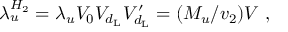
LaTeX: \lambda _ { u } ^ { H _ { 2 } } = \lambda _ { u } V _ { 0 } V _ { d _ { \mathrm { L } } } V _ { d _ { \mathrm { L } } } ^ { \prime } = ( M _ { u } / v _ { 2 } ) V ~ ,